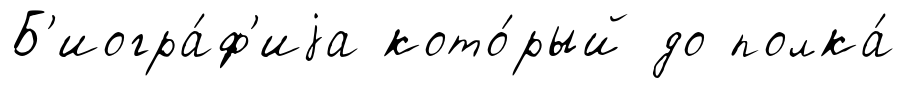
Б'иогра́ф'иjа кото́рый до полка́